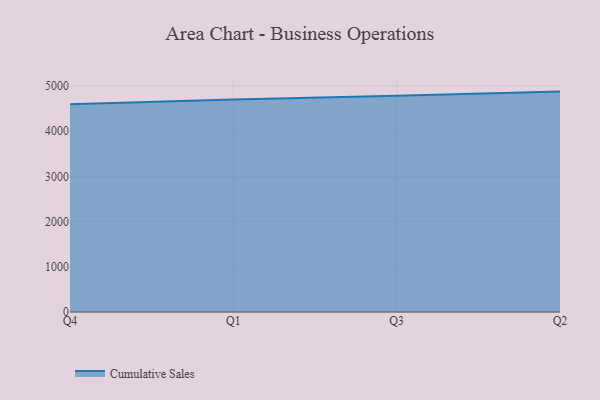
{"axis": {"x": "Quarter", "y": "Satisfaction Score"}, "legend": ["Cumulative Sales"], "data": [{"x": "Q4", "y": 4599.6, "type": "Cumulative Sales"}, {"x": "Q1", "y": 4699.9, "type": "Cumulative Sales"}, {"x": "Q3", "y": 4782.6, "type": "Cumulative Sales"}, {"x": "Q2", "y": 4877.1, "type": "Cumulative Sales"}]}